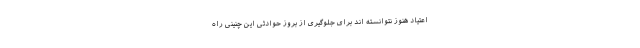
اعتیاد هنوز نتوانسته اند برای جلوگیری از بروز حوادثی این چنینی راه